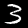
Label: 3